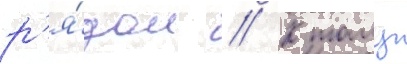
р'я́дом // К тому